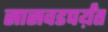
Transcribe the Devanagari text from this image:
सासवडपर्य़ंत